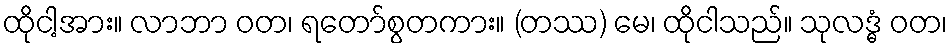
ထိုငါ့အား။ လာဘာ ဝတ၊ ရတော်စွတကား။ (တဿ) မေ၊ ထိုငါသည်။ သုလဒ္ဓံ ဝတ၊